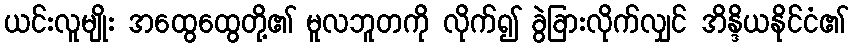
ယင်းလူမျိုး အထွေထွေတို့၏ မူလဘူတကို လိုက်၍ ခွဲခြားလိုက်လျှင် အိန္ဒိယနိုင်ငံ၏